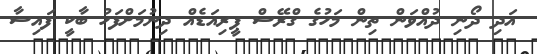
އަދި ދޯނި ދުއްވަން ތިން މަހުގެ ގްރޭސް ޕީރިއަޑެއް ދިނުމަށްފަހު ބާކީ ފައިސާ